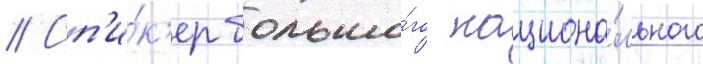
// Сп'и́к'ер большо́го национа́льного